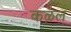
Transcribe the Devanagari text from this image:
कऴल